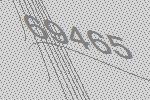
69465